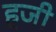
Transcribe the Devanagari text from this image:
हजी